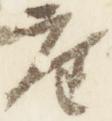
座